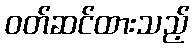
ဝတ်ဆင်ထားသည့်